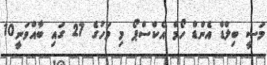
މަސީ ބިލްޑް އެންޑް ހޯމް އެކްސްޕޯ މި މަހުގެ 27 ގައި ބާއްވަނީ10